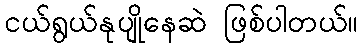
ငယ်ရွယ်နုပျိုနေဆဲ ဖြစ်ပါတယ်။